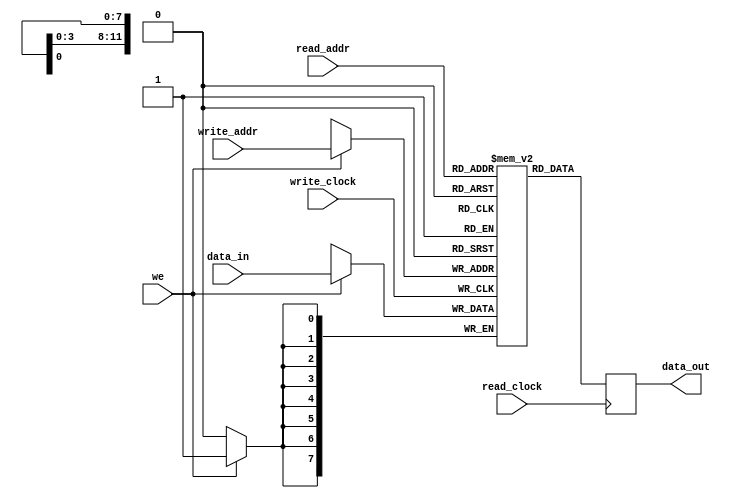
/*
  Copyright (c) 2015, miya
  All rights reserved.

  Redistribution and use in source and binary forms, with or without modification, are permitted provided that the following conditions are met:

  1. Redistributions of source code must retain the above copyright notice, this list of conditions and the following disclaimer.

  2. Redistributions in binary form must reproduce the above copyright notice, this list of conditions and the following disclaimer in the documentation and/or other materials provided with the distribution.
 
  THIS SOFTWARE IS PROVIDED BY THE COPYRIGHT HOLDERS AND CONTRIBUTORS "AS IS" AND ANY EXPRESS OR IMPLIED WARRANTIES, INCLUDING, BUT NOT LIMITED TO, THE IMPLIED WARRANTIES OF MERCHANTABILITY AND FITNESS FOR A PARTICULAR PURPOSE ARE DISCLAIMED.
  IN NO EVENT SHALL THE COPYRIGHT OWNER OR CONTRIBUTORS BE LIABLE FOR ANY DIRECT, INDIRECT, INCIDENTAL, SPECIAL, EXEMPLARY, OR CONSEQUENTIAL DAMAGES (INCLUDING, BUT NOT LIMITED TO,
  PROCUREMENT OF SUBSTITUTE GOODS OR SERVICES; LOSS OF USE, DATA, OR PROFITS; OR BUSINESS INTERRUPTION) HOWEVER CAUSED AND ON ANY THEORY OF LIABILITY, WHETHER IN CONTRACT, STRICT LIABILITY, OR TORT (INCLUDING NEGLIGENCE OR OTHERWISE) ARISING IN ANY WAY OUT OF THE USE OF THIS SOFTWARE, EVEN IF ADVISED OF THE POSSIBILITY OF SUCH DAMAGE.
*/

module dual_port_ram
  #(
    parameter DATA_WIDTH=8,
    parameter ADDR_WIDTH=12
    )
  (
   input [(DATA_WIDTH-1):0]      data_in,
   input [(ADDR_WIDTH-1):0]      read_addr,
   input [(ADDR_WIDTH-1):0]      write_addr,
   input                         we,
   input                         read_clock,
   input                         write_clock,
   output reg [(DATA_WIDTH-1):0] data_out
   );

  reg [DATA_WIDTH-1:0]           ram [0:(1 << ADDR_WIDTH)-1];

  always @(posedge read_clock)
    begin
      data_out <= ram[read_addr];
    end

  always @(posedge write_clock)
    begin
      if (we)
        begin
          ram[write_addr] <= data_in;
        end
    end
endmodule